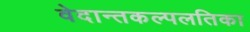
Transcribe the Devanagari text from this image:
वेदान्तकल्पलतिका